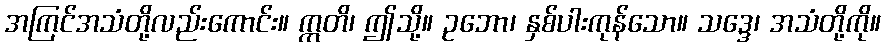
အကြင်အသံတို့လည်းကောင်း။ ဣတိ၊ ဤသို့။ ဥဘော၊ နှစ်ပါးကုန်သော။ သဒ္ဒေ၊ အသံတို့ကို။